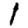
Digit: 1